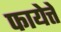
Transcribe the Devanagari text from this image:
फायेत्ते